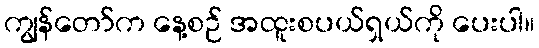
ကျွန်တော်က နေ့စဉ် အထူးစပယ်ရှယ်ကို ပေးပါ။